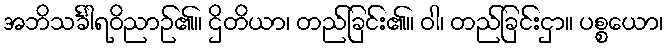
အဘိသင်္ခါရဝိညာဉ်၏။ ဌိတိယာ၊ တည်ခြင်း၏။ ဝါ၊ တည်ခြင်းငှာ။ ပစ္စယော၊